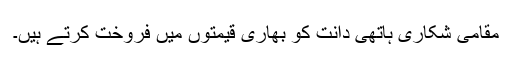
مقامی شکاری ہاتھی دانت کو بھاری قیمتوں ميں فروخت کرتے ہیں۔